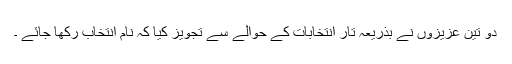
دو تين عزيزوں نے بذريعہ تار انتخابات کے حوالے سے تجويز کيا کہ نام انتخاب رکھا جائے ۔